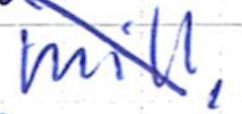
Text: mill,
Cross-out: diagonal
Writing tool: ballpoint